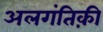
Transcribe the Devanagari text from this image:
अलगंतिक़ी